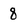
Character: 8